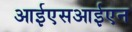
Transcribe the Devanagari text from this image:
आईएसआईएन